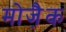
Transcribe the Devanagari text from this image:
मोजै़क